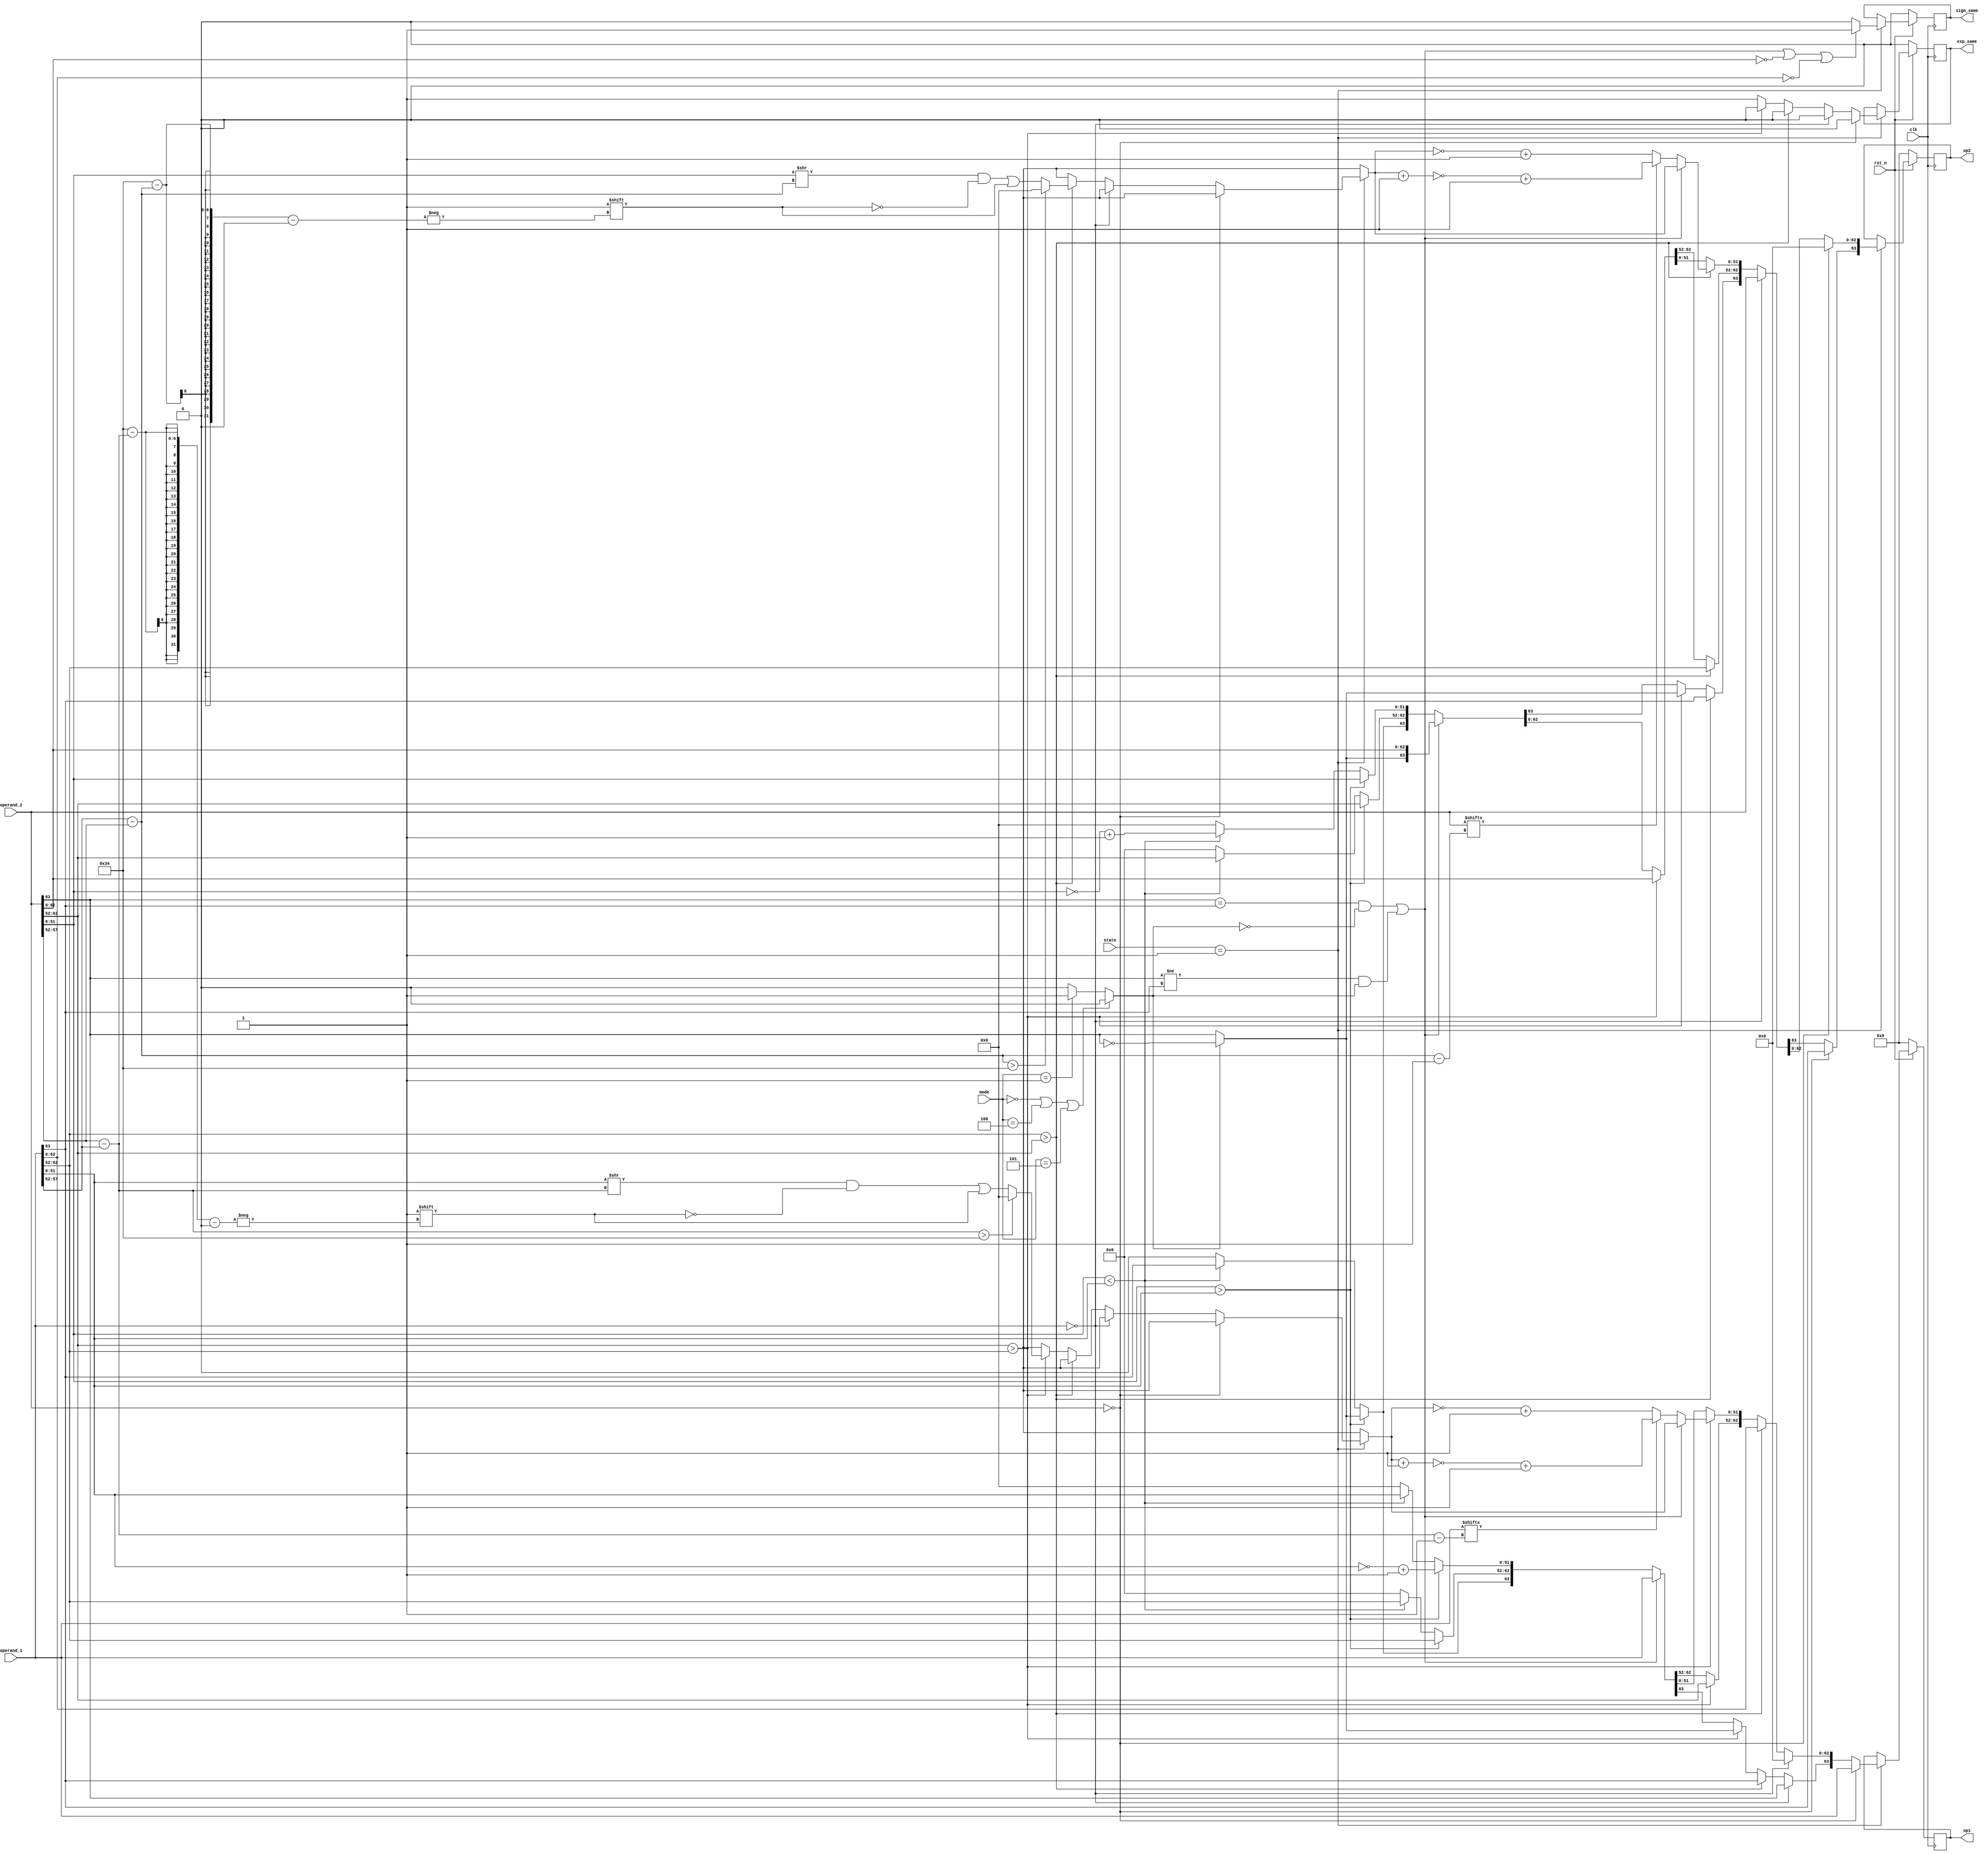
module comp
(
input clk,
input rst_n,
input [63:0] operand_1,
input [63:0] operand_2,
input [3:0] state,
input [2:0] mode,         
output reg [63:0] op1,
output reg [63:0] op2,
output reg sign_same,
output reg exp_same//,
//output reg op2_bigger,
//output reg [2:0] round_bit,
//output reg NAN,
//output reg [1:0] INF
);

reg [63:0] tmp_op1, tmp_op2;
reg [51:0] shift;
reg [5:0] diff;
reg [4:0] a;
reg tmp_sign_same;
reg tmp_exp_same;
//reg [2:0] new_round_bit;
//reg new_op2_bigger;
reg add_sub;     // 0 for addition, 1 for subtraction
//reg tmp_NAN;
//reg [1:0] tmp_INF;

parameter IDLE = 4'd0, COMP = 4'd1, ADD = 4'd2;

always @(posedge clk) begin
    if(~rst_n) begin
        op1 <= 0;
        op2 <= 0;
        sign_same <= 0;
        //round_bit <= 0;
        //op2_bigger <= 0;
        exp_same <= 0;
        //INF <= 0;
        //NAN <= 0;
        
    end
    else begin
        if (state == COMP) begin
            op1 <= tmp_op1;
            op2 <= tmp_op2;
            sign_same <= tmp_sign_same;
            //op2_bigger <= new_op2_bigger;
            //round_bit <= new_round_bit;
            exp_same <= tmp_exp_same;
            //NAN <= tmp_NAN;
            //INF <= tmp_INF;
        end
    end

end

always @* begin
    if (mode == 0 || mode == 4 || mode == 5) begin
        add_sub = 0;
    end
    else if (mode == 1) begin
        add_sub = 1;
    end
    else 
        add_sub = 0;
end

always @* begin
    tmp_op1 = 0;
    tmp_op2 = 0;
    shift = 0;
    shift = 0;
    //new_round_bit = 0;
    tmp_exp_same = 0;
    tmp_sign_same = 0;
    diff = 0;
    //tmp_NAN = 0;
    //tmp_INF = 0;
    //new_op2_bigger = 0;

    if (state == COMP) begin
        if (((operand_2[63] == operand_1[63]) && add_sub == 0) || ((operand_2[63] != operand_1[63]) && add_sub == 1) || (operand_2[62:0] == 0) || (operand_1[62:0] == 0)) 
            tmp_sign_same = 1;
        

        if (operand_2 == 0) begin
            tmp_op1 = operand_1;
            tmp_op2[63] = operand_1[63];
            tmp_op2[62:0] = 0;
        end
        else if (operand_1 == 0) begin
            tmp_op1[63] = operand_2[63];
            tmp_op1[62:0] = 0;
            tmp_op2 = operand_2;
        end
        /*else if (operand_1[62:51] == 12'b111111111111 || operand_2[62:51] == 12'b111111111111) begin      // detection of NAN
            tmp_NAN = 1;
        end
        else if (operand_1[62:52] == 11'b11111111111 || operand_2[62:52] == 11'b11111111111) begin      // detection of INF
            if ((operand_1[62:52] == operand_2[62:52]) && (((operand_2[63] == operand_1[63]) && add_sub == 1) || ((operand_2[63] != operand_1[63]) && add_sub == 0)))
                tmp_NAN = 1;
            else if (operand_1[63:52] == 12'b111111111111)
                tmp_INF = 2;
            else if ((operand_2[63:52] == 12'b111111111111 && add_sub == 0) && (operand_2[63:52] == 12'b011111111111 && add_sub == 1))
                tmp_INF = 2;
            else 
                tmp_INF = 1;
        end*/
        else if (operand_1[62:52] > operand_2[62:52]) begin
            tmp_op1[62:0] = operand_1[62:0];
            //tmp_op2[63] = operand_1[63];
            tmp_op2[62:52] = operand_1[62:52];
            diff = operand_1[62:52] - operand_2[62:52];
            if (diff > 52) begin
                shift[51:0] = 0;
            end
            else begin
                shift[51:0] = operand_2[51:0] >> diff;
                shift[52-diff] = 1;
            end
            
            /*if (diff > 2)
                new_round_bit = operand_2[diff -:3];
            else if (diff > 1)
                new_round_bit[2:1] = operand_2[diff -:2];
            else
                new_round_bit[2] = operand_2[diff];
            */
            
            if (((operand_2[63] == operand_1[63]) && add_sub == 0) || ((operand_2[63] != operand_1[63]) && add_sub == 1)) begin        // pos + pos or neg + neg
                //tmp_op2[51:0] = operand_2[51:0] >> diff;
                //tmp_op2[52-diff] = 1;
                tmp_op2[51:0] = shift;
            end
            else begin                                      // pos + neg 
                if (operand_2[diff-1])  //round
                    tmp_op2[51:0] = ~(shift + 1) + 1;
                else 
                    tmp_op2[51:0] = ~shift + 1;
            end

            //
            //if (add_sub == 0) begin
                tmp_op2[63] = operand_1[63];
                tmp_op1[63] = operand_1[63];
            //end
            //else begin
                //tmp_op2[63] = operand_1[63];
                //tmp_op1[63] = operand_1[63];
            //end

        end
        else if (operand_2[62:52] > operand_1[62:52])begin
            //new_op2_bigger = 1;
            tmp_op2[62:0] = operand_2[62:0];
            tmp_op1[62:52] = operand_2[62:52];
            //tmp_op1[63] = operand_2[63];
            diff = operand_2[62:52] - operand_1[62:52];
            if (diff > 52) begin
                shift[51:0] = 0;
            end
            else begin
                shift[51:0] = operand_1[51:0] >> diff;
                shift[52-diff] = 1;    
            end
            
            /*if (diff > 2)
                new_round_bit = operand_1[diff -:3];
            else if (diff > 1)
                new_round_bit[2:1] = operand_1[diff -:2];
            else
                new_round_bit[2] = operand_1[diff];
            */

            if (((operand_2[63] == operand_1[63]) && add_sub == 0) || ((operand_2[63] != operand_1[63]) && add_sub == 1)) begin
                //tmp_op1[51:0] = operand_1[51:0] >> diff;
                //tmp_op1[52-diff] = 1;
                tmp_op1[51:0] = shift;
            end
            else begin
                if (operand_1[diff-1])  //round
                    tmp_op1[51:0] = ~(shift+1) + 1;
                else 
                    tmp_op1[51:0] = ~shift + 1;
                //tmp_op1[51:0] = ~(operand_1[51:0] >> diff) + 1;
            end
            if (add_sub == 0) begin
                tmp_op2[63] = operand_2[63];
                tmp_op1[63] = operand_2[63];
            end
            else begin
                tmp_op2[63] = ~operand_2[63];
                tmp_op1[63] = ~operand_2[63];
            end
        end
        else begin
            tmp_exp_same = 1;
            if (((operand_2[63] == operand_1[63]) && add_sub == 0) || ((operand_2[63] != operand_1[63]) && add_sub == 1)) begin
                if (add_sub == 0) begin
                    tmp_op1 = operand_1;
                    tmp_op2 = operand_2;
                end
                else begin
                    tmp_op1 = operand_1;
                    tmp_op2[63] = ~operand_2[63];
                    tmp_op2[62:0] = operand_2[62:0];
                end
            end
            else begin
                if (operand_2[51:0] > operand_1[51:0]) begin          // direct or compare 1 or 0
                    tmp_op1[62:52] = operand_1[62:52];     // exp is tre sign_same 
                    tmp_op2[62:52] = operand_2[62:52];

                    tmp_op1[51:0] = (~operand_1[51:0]) + 1;
                    tmp_op2[51:0] = operand_2[51:0];
                    if (add_sub == 0) begin
                        tmp_op2[63] = operand_2[63];
                        tmp_op1[63] = operand_2[63];
                    end
                    else begin
                        tmp_op2[63] = ~operand_2[63];
                        tmp_op1[63] = ~operand_2[63];
                    end
                end
                else if (operand_2[51:0] < operand_1[51:0]) begin
                    tmp_op1[62:52] = operand_1[62:52];     // exp is tre sign_same 
                    tmp_op2[62:52] = operand_2[62:52];
                    tmp_op2[51:0] = (~operand_2[51:0]) + 1;
                    tmp_op1[51:0] = operand_1[51:0];
                    if (add_sub == 0) begin
                        tmp_op2[63] = operand_1[63];
                        tmp_op1[63] = operand_1[63];
                    end
                    else begin
                        tmp_op2[63] = operand_1[63];
                        tmp_op1[63] = operand_1[63];
                    end
                end
                else begin
                    tmp_op2 = 0;
                    tmp_op1 = 0;
                end
            end
        end
    end
end

endmodule